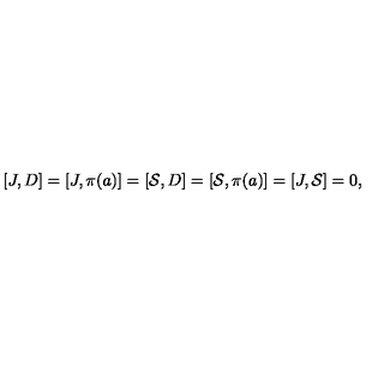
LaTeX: [ J , D ] = [ J , \pi ( a ) ] = [ \mathcal { S } , D ] = [ \mathcal { S } , \pi ( a ) ] = [ J , \mathcal { S } ] = 0 ,